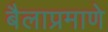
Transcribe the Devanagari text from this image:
बैलाप्रमाणे